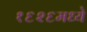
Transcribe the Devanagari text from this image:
१६२६मध्ये